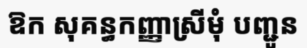
ឱក សុគន្ធកញ្ញាស្រីមុំ បញ្ជូន